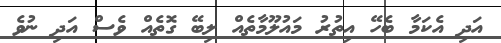
އަދި އެކަމާ ބެހޭ އިތުރު މައުލޫމާތެއް ލިބޭ ގޮތެއް ވެސް އަދި ނުވެ